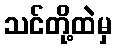
သင်တို့ထဲမှ